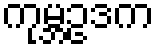
ကုမ္ဘဥဒက